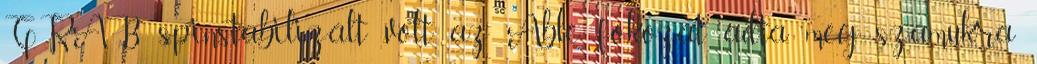
GRAB spinstabilizált volt, az Able fokozat adta meg számukra